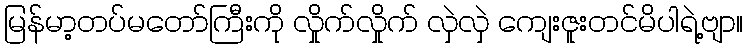
မြန်မာ့တပ်မတော်ကြီးကို လှိုက်လှိုက် လှဲလှဲ ကျေးဇူးတင်မိပါရဲ့ဗျာ။